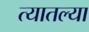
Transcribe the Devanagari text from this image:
त्‍यातल्‍या